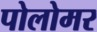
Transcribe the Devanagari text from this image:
पोलोमर